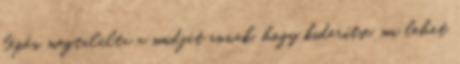
lépés, megtalálta a módját annak, hogy kiderítse, mi lehet